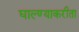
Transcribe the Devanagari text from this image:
घाल्ण्याकरीता